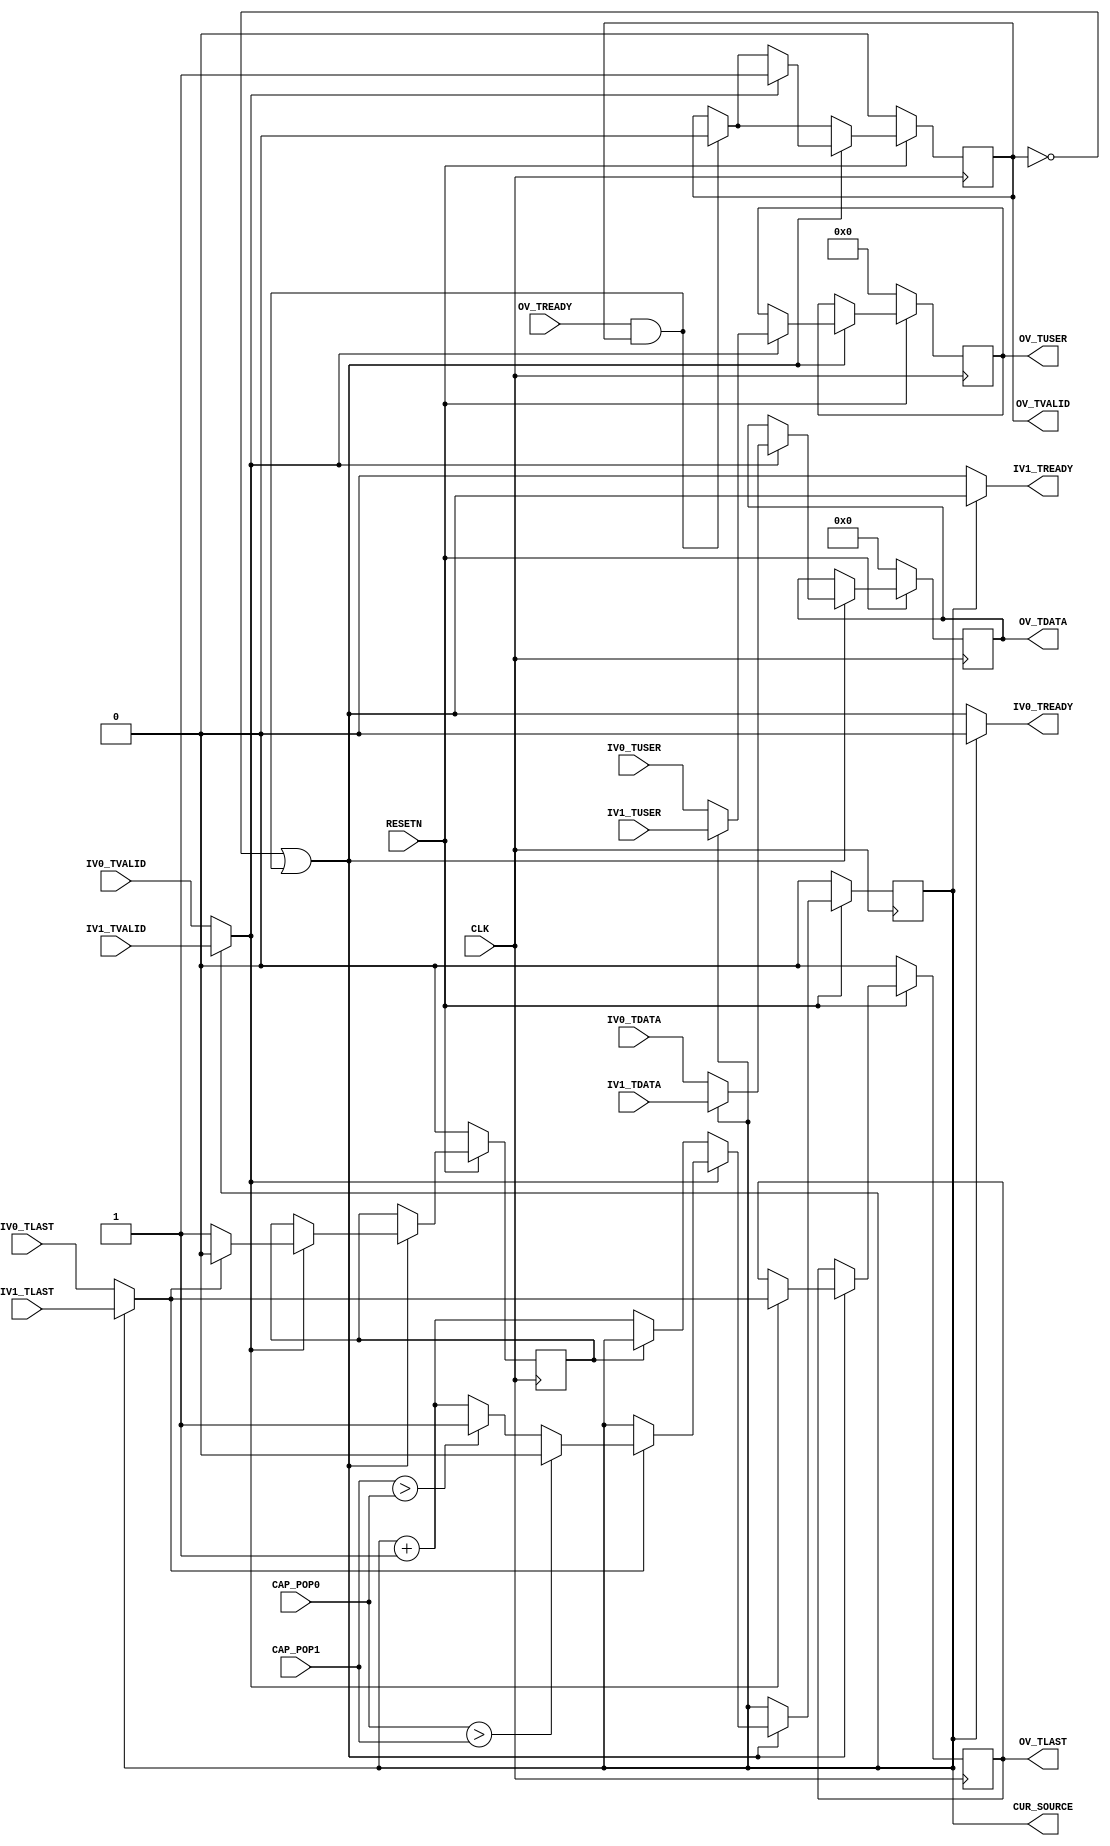

// Copyright (C) Akira Higuchi  ( https://github.com/ahiguti )
// Copyright (C) DeNA Co.,Ltd. ( https://dena.com )
// All rights reserved.
// See COPYRIGHT.txt for details


module axis_arbiter
#(
parameter WIDTH_DATA = 64,
parameter WIDTH_USER = 4,
parameter WIDTH_CAP = 12
)
(
input CLK,
input RESETN,
input IV0_TVALID,
output IV0_TREADY,
input [WIDTH_DATA-1:0] IV0_TDATA,
input [WIDTH_USER-1:0] IV0_TUSER,
input IV0_TLAST,
input [WIDTH_CAP-1:0] CAP_POP0,
input IV1_TVALID,
output IV1_TREADY,
input [WIDTH_DATA-1:0] IV1_TDATA,
input [WIDTH_USER-1:0] IV1_TUSER,
input IV1_TLAST,
input [WIDTH_CAP-1:0] CAP_POP1,
output OV_TVALID,
input OV_TREADY,
output [WIDTH_DATA-1:0] OV_TDATA,
output [WIDTH_USER-1:0] OV_TUSER,
output OV_TLAST,
output CUR_SOURCE
);

reg cur_source;
reg frame_start;
reg ov_tvalid;
reg [WIDTH_DATA-1:0] ov_tdata;
reg [WIDTH_USER-1:0] ov_tuser;
reg ov_tlast;

wire iv_tvalid = cur_source ? IV1_TVALID : IV0_TVALID;
wire [WIDTH_DATA-1:0] iv_tdata = cur_source ? IV1_TDATA : IV0_TDATA;
wire [WIDTH_USER-1:0] iv_tuser = cur_source ? IV1_TUSER : IV0_TUSER;
wire iv_tlast = cur_source ? IV1_TLAST : IV0_TLAST;

wire ov_ready = (ov_tvalid == 0) || (OV_TREADY && OV_TVALID);

assign IV0_TREADY = cur_source ? 0 : ov_ready;
assign IV1_TREADY = cur_source ? ov_ready : 0;
assign OV_TVALID = ov_tvalid;
assign OV_TDATA = ov_tdata;
assign OV_TUSER = ov_tuser;
assign OV_TLAST = ov_tlast;
assign CUR_SOURCE = cur_source;

always @(posedge CLK) begin
    if (!RESETN) begin
        cur_source <= 0;
        frame_start <= 0;
        ov_tvalid <= 0;
        ov_tdata <= 0;
        ov_tuser <= 0;
        ov_tlast <= 0;
    end else begin
        if (OV_TREADY && OV_TVALID) begin
            ov_tvalid <= 0;
        end
        if (ov_ready) begin
            if (iv_tvalid) begin
                frame_start <= 1;
                ov_tvalid <= 1;
                ov_tdata <= iv_tdata;
                ov_tuser <= iv_tuser;
                ov_tlast <= iv_tlast;
                if (iv_tlast) begin
                    frame_start <= 0;
                    if (CAP_POP0 > CAP_POP1) begin
                        cur_source <= 0;
                    end else if (CAP_POP1 > CAP_POP0) begin
                        cur_source <= 1;
                    end else begin
                        cur_source <= cur_source + 1;
                    end
                end
            end else if (frame_start == 0) begin
                cur_source <= cur_source + 1;
            end
        end
    end
end

endmodule